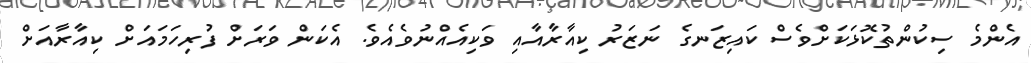
އެންމެ ސިކުންތުކޮޅަކަށްވެސް ކައިޒަނގެ ނަޒަރު ކިއާރާއާއި ވަކިއެއްނުވެއެވެ. އެކަން ވަރަށް ފުރިހަމައަށް ކިއާރާއަށް